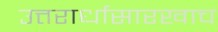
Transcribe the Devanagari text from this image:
उत्तरार्धासारखाच